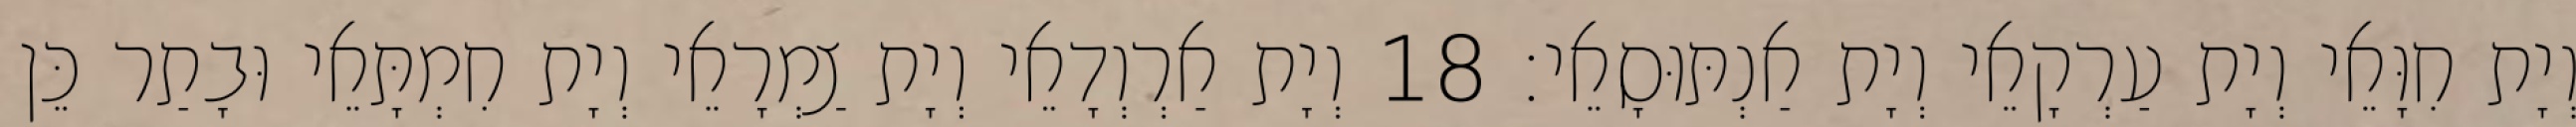
וְיָת חִוָּאֵי וְיָת עַרְקָאֵי וְיָת אַנְתּוּסָאֵי׃ 18 וְיָת אַרְוְדָאֵי וְיָת צַמְרָאֵי וְיָת חִמְתָּאֵי וּבָתַר כֵּן